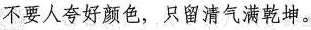
不要人夸好颜色，只留清气满乾坤。